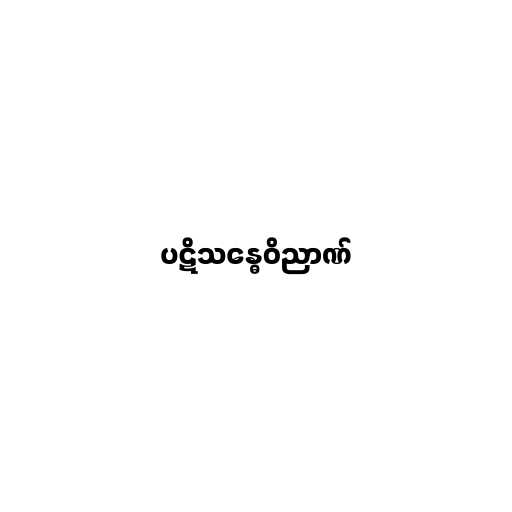
ပဋိသန္ဓေဝိညာဏ်